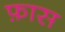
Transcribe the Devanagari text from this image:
फ़ास